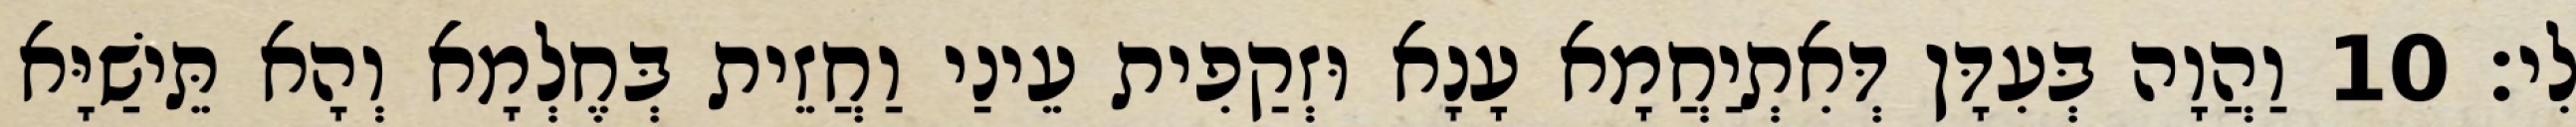
לִי׃ 10 וַהֲוָה בְּעִדָּן דְּאִתְיַחֲמָא עָנָא וּזְקַפִית עֵינַי וַחֲזֵית בְּחֶלְמָא וְהָא תֵּישַׁיָּא